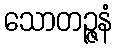
သောတဉ္ဇနံ